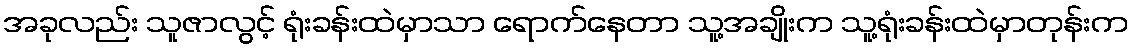
အခုလည်း သူဇာလွင့် ရုံးခန်းထဲမှာသာ ရောက်နေတာ သူ့အချိုးက သူ့ရုံးခန်းထဲမှာတုန်းက